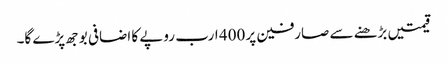
قیمتیں بڑھنے سے صارفین پر 400 ارب روپے کا اضافی بوجھ پڑے گا۔